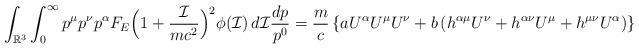
LaTeX: \begin{align*}\int_{\mathbb{R}^3}\int_0^\infty p^\mu p^\nu p^\alpha F_E \Big(1+\frac{\mathcal{I}}{mc^2}\Big)^2 \phi(\mathcal{I}) \,d\mathcal{I}\frac{dp}{p^0}=\frac{m}{c}\left\{aU^\alpha U^\mu U^\nu+b\left(h^{\alpha\mu}U^\nu+h^{\alpha\nu}U^\mu+h^{\mu\nu}U^\alpha\right)\right\}\end{align*}